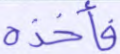
فأخذه